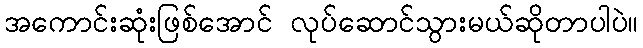
အကောင်းဆုံးဖြစ်အောင် လုပ်ဆောင်သွားမယ်ဆိုတာပါပဲ။